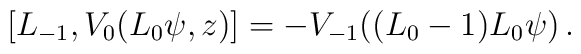
[L_{-1},V_0(L_0\psi,z)]=-V_{-1}((L_0-1)L_0\psi)\,.